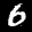
Label: 6